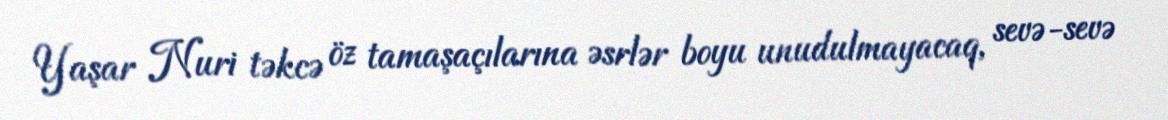
Yaşar Nuri təkcə öz tamaşaçılarına əsrlər boyu unudulmayacaq, sevə-sevə